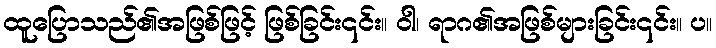
ထူပြောသည်၏အဖြစ်ဖြင့် ဖြစ်ခြင်း၎င်း။ ဝါ၊ ရာဂ၏အဖြစ်များခြင်း၎င်း။ ပ။